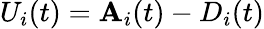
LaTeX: U_{i}(t)=\mathbf{A}_{i}(t)-D_{i}(t)